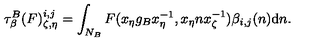
\tau _ { \beta } ^ { B } ( F ) _ { \zeta , \eta } ^ { i , j } = \int _ { N _ { B } } F ( x _ { \eta } g _ { B } x _ { \eta } ^ { - 1 } , x _ { \eta } n x _ { \zeta } ^ { - 1 } ) \beta _ { i , j } ( n ) \mathrm { d } n .